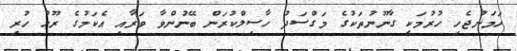
ހަމަނުޖެހި ހުރުމަކީ ގާނޫނުތަކުގެ މަގްސަދު ހާސިލްކުރަން ބޭނުންވާ ވަރާއި އެކަމުގެ ރޫހު ހުރި